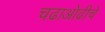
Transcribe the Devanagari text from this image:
चढाओढीचे